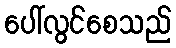
ပေါ်လွင်စေသည်